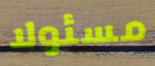
مسئولا